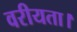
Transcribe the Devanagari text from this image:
वरीयता।